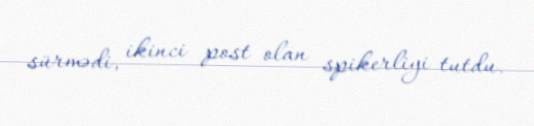
sürmədi, ikinci post olan spikerliyi tutdu.